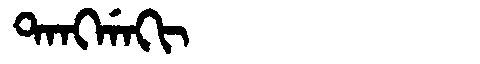
Manchu: ᡨᠠᠩᡤᠠᡴᡳ
Romanization: TANGGAKI